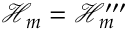
\mathcal { H } _ { m } = \mathcal { H } _ { m } ^ { \prime \prime \prime }